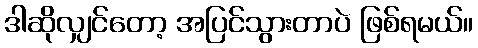
ဒါဆိုလျှင်တော့ အပြင်သွားတာပဲ ဖြစ်ရမယ်။